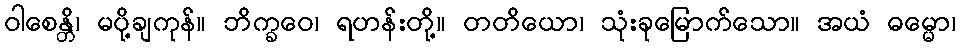
ဝါစေန္တိ၊ မပို့ချကုန်။ ဘိက္ခဝေ၊ ရဟန်းတို့။ တတိယော၊ သုံးခုမြောက်သော။ အယံ ဓမ္မော၊